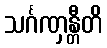
သင်္ဂဏှန္တီတိ